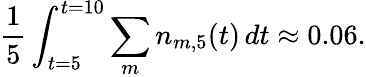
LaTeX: \frac{1}{5}\int_{t=5}^{t=10}\sum_{m}n_{m,5}(t)\, dt\approx 0.06.